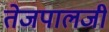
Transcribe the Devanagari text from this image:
तेजपालजी